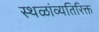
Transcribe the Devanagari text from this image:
स्थळांव्यतिरिक्त